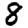
Digit: 8